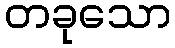
တခုသော